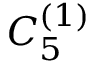
{ C } _ { 5 } ^ { ( 1 ) }